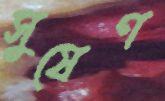
সুষেণ